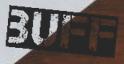
BUFF